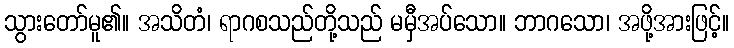
သွားတော်မူ၏။ အသိတံ၊ ရာဂစသည်တို့သည် မမှီအပ်သော။ ဘာဂသော၊ အဖို့အားဖြင့်။